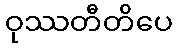
ဝုဿတီတိပေ